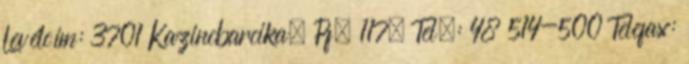
Levélcím: 3701 Kazincbarcika, Pf. 117. Tel.: 48 514-500 Telefax: